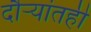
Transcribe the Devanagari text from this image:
दौऱ्यांतही